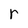
Character: r